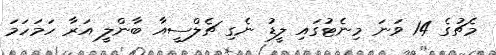
މެޗުގެ 14 ވަނަ މިނެޓުގައި ލީޑު ނެގި ޗެލްސީއާ ބާންލީ އަރާ ހަމަހަމަ